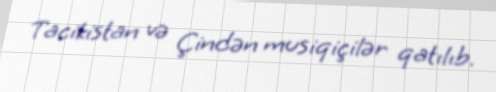
Tacikistan və Çindən musiqiçilər qatılıb.